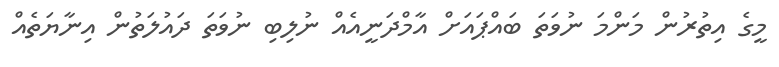
މީގެ އިތުރުން މަންމަ ނުވަތަ ބައްޕައަށް އާމްދަނީއެއް ނުލިބި ނުވަތަ ދައުލަތުން އިނާޔަތެއް